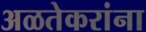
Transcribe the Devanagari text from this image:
अळतेकरांना